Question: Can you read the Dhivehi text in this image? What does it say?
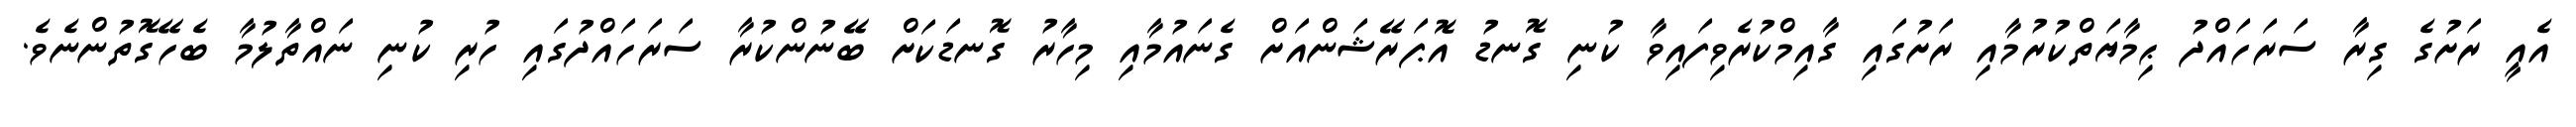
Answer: އެއީ ރަށުގެ ގިރާ ސަރަހައްދު ޙިމާޔަތްކުރުމާއި ރަށުގައި ގާއިމްކުރެވިފައިވާ ކުނި ގޮނޑު އޮޕަރޭޝަންއަށް ގެނައުމާއި މިހާރު ގޮނޑަކަށް ބޭނުންކުރާ ސަރަހައްދުގައި ހުރި ކުނި ނައްތާލުމާ ބެހޭގޮތުންނެވެ.